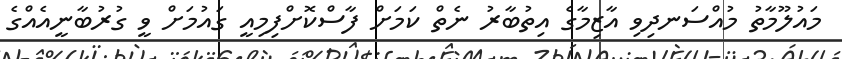
މައުލޫމާތު މުއްސަނދިވި އާޒިމާގެ އިތުބާރު ނެތް ކަމަށް ފާސްކޮށްފިމިއީ ގައުމަށް ވީ ގުރުބާނީއެއްގެ